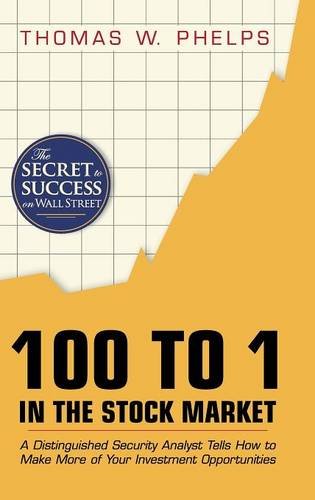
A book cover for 100 to 1 in the Stock Market: A Distinguished Security Analyst Tells How to Make More of Your Investment Opportunities; Thomas William Phelps; Business & Money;